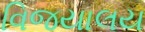
વિજયાલય